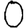
Digit: 0